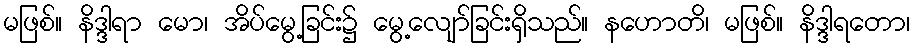
မဖြစ်။ နိဒ္ဒါရာ မော၊ အိပ်မွေ့ခြင်း၌ မွေ့လျော်ခြင်းရှိသည်။ နဟောတိ၊ မဖြစ်။ နိဒ္ဒါရတော၊